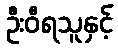
ဦးဝီရသူနှင့်